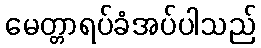
မေတ္တာရပ်ခံအပ်ပါသည်